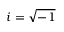
i = \sqrt { - 1 }